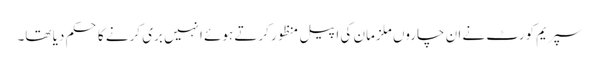
سپریم کورٹ نے ان چاروں ملزمان کی اپیل منظور کرتے ہوئے انہیں بری کرنے کا حکم دیا تھا۔